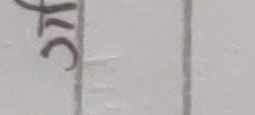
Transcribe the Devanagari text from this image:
३८